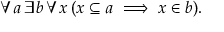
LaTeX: \forall a \, \exists b \, \forall x \, ( x \subseteq a \implies x \in b ) .